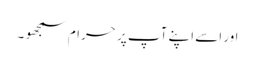
اور اسے اپنے آپ پر حرام سمجھو ۔